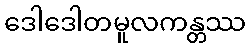
ဒေါဒေါတမူလကန္တဿ